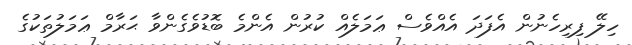
ހިލޭ ފިރިހެނުން އެފަދަ އެއްވެސް ޢަމަލެއް ކުރުން އެންމެ ބޮޑުވެގެންވާ ޙަރާމް ޢަމަލުތަކުގެ